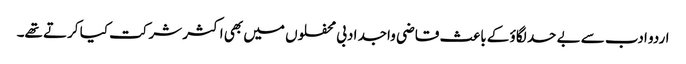
اردو ادب سے بے حد لگاؤ کے باعث قاضی واجد ادبی محفلوں میں بھی اکثر شرکت کیا کرتے تھے۔